Civil Veterinary Dept. Bombay admin report 1907-1913 - 1907-1913
Year: 1907
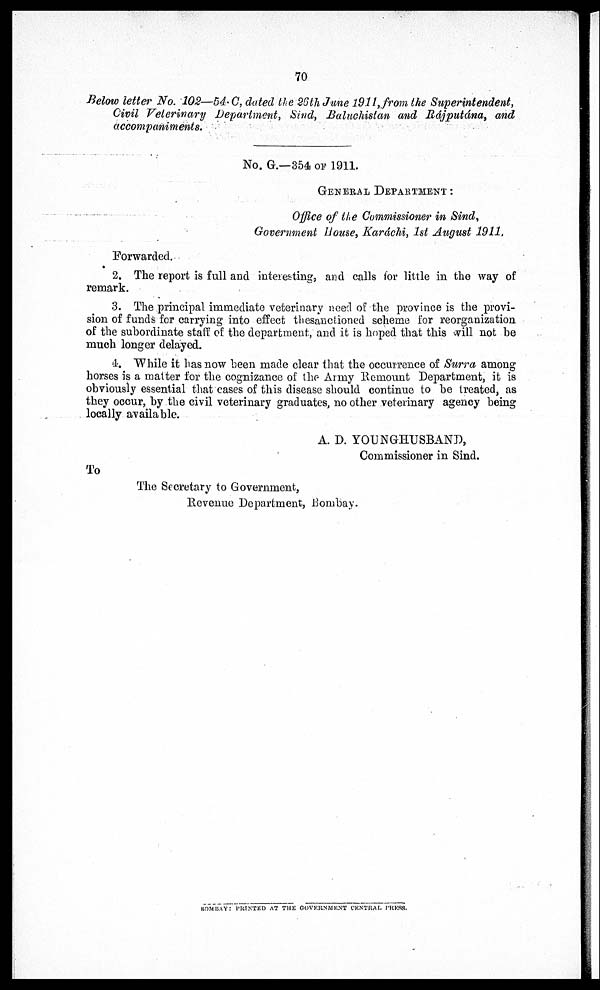
70
Below letter No. 102—54 C, dated
the 26th June 1911,from the Superintendent,
Civil Veterinary Department, Sind, Baluchistan and Rájputána, and
accompaniments.
No. G.—354 of 1911.
GENERAL DEPARTMENT :
Office of the Commissioner in Sind,
Government House, Karáchi, 1st August 1911.
Forwarded.
2. The report is full and interesting, and calls for little in the way of
remark.
3. The principal immediate veterinary need of the province is the provi-
sion of funds for carrying into effect thesanctioned scheme for reorganization
of the subordinate staff of the department, and it is hoped that this will not be
much longer delayed.
4. While it has now been made clear that the occurrence of Surra among
horses is a matter for the cognizance of the Army Remount Department, it is
obviously essential that cases of this disease should continue to be treated, as
they occur, by the civil veterinary graduates, no other veterinary agency being
locally available.
A. D. YOUNGHUSBAND,
Commissioner in Sind.
To
The Secretary to Government,
Revenue Department, Bombay.
BOMBAY: PRTNTED AT THE GOVERNMENT CENTRAL. PRESS,